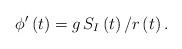
LaTeX: \begin{align*}\phi ^{\prime} \left( t \right) =g \, S_I \left( t \right) / r \left( t \right) .\end{align*}